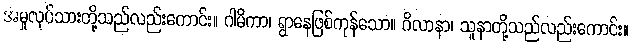
အမှုလုပ်သားတို့သည်လည်းကောင်း။ ဂါမိကာ၊ ရွာနေဖြစ်ကုန်သော။ ဂိလာနာ၊ သူနာတို့သည်လည်းကောင်း။